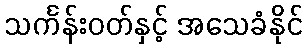
သင်္ကန်းဝတ်နှင့် အသေခံနိုင်